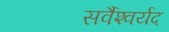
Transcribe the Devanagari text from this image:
सर्वैश्‍वर्यद